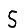
Digit: 5